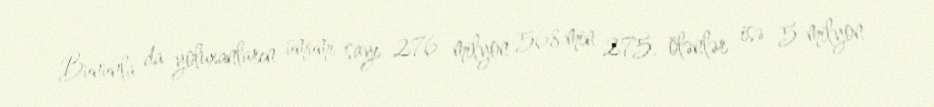
Bununla da yoluxanların ümumi sayı 276 milyon 568 min 275, ölənlər isə 5 milyon